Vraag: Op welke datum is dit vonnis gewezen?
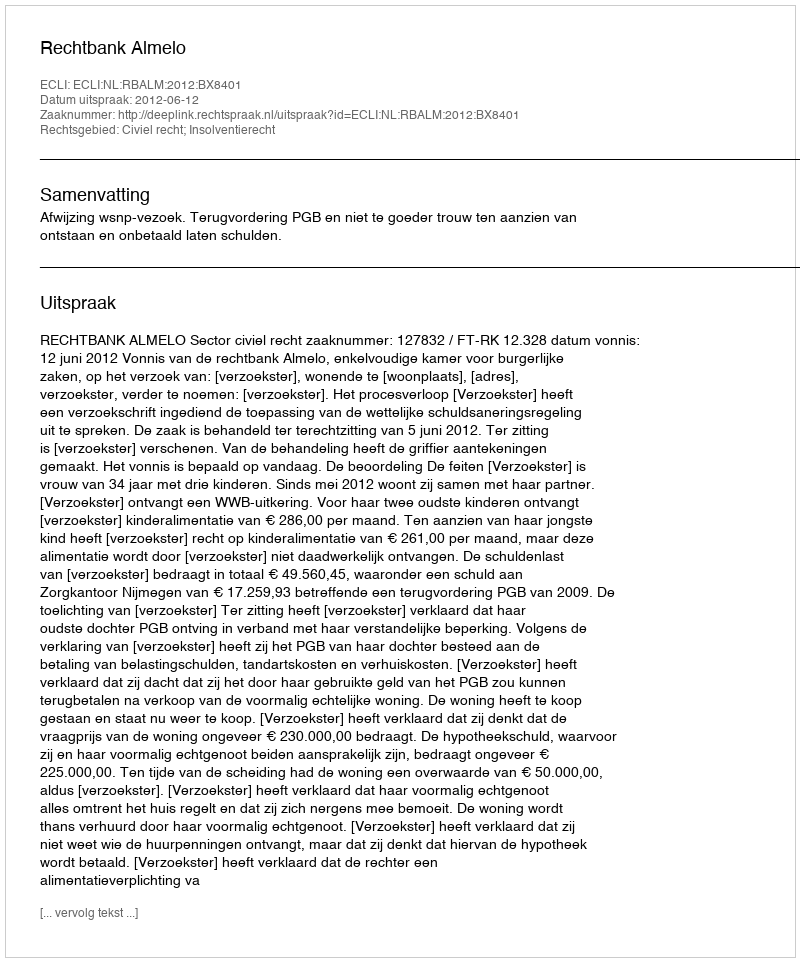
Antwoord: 2012-06-12